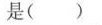
是()